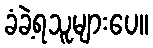
ခံခဲ့ရသူများပေ။